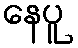
နေပူ